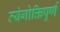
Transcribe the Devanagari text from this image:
व्यंगोक्तिपूर्ण